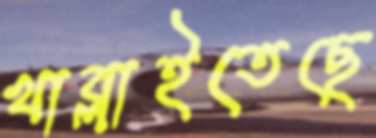
খাব্‌লাইতেছে